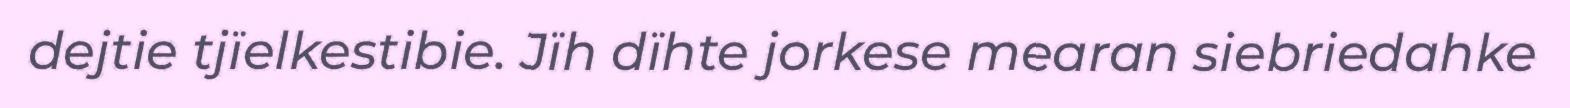
dejtie tjïelkestibie. Jïh dïhte jorkese mearan siebriedahke